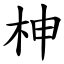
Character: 柛